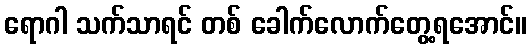
ရောဂါ သက်သာရင် တစ် ခေါက်လောက်တွေ့ရအောင်။